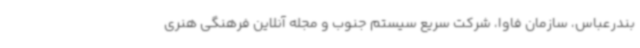
بندرعباس، سازمان فاوا، شرکت سریع سیستم جنوب و مجله آنلاین فرهنگی هنری